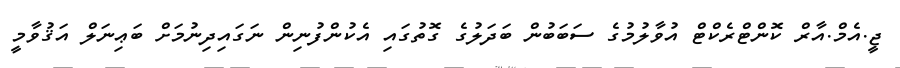
ޖީ.އެމް.އާރް ކޮންޓްރެކްޓް އުވާލުމުގެ ސަބަބުން ބަދަލުގެ ގޮތުގައި އެކުންފުނިން ނަގައިދިނުމަށް ބަޢިނަލް އަޤުވާމީ